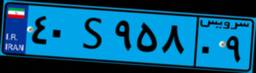
۲۹S۵۴۸۴۶